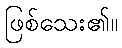
ဖြစ်သေး၏။